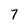
Character: 7